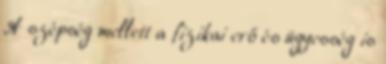
A szépség mellett a fizikai erő és ügyesség is